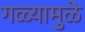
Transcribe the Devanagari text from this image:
गळ्यामुळे